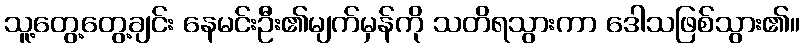
သူ့တွေ့တွေ့ချင်း နေမင်းဦး၏မျက်မှန်ကို သတိရသွားကာ ဒေါသဖြစ်သွား၏။